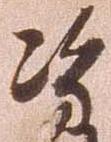
島